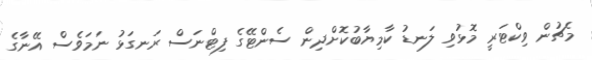
މެޗުން ވިކްޓަރީ މޮޅުވި ލަނޑު ކާމިޔާބުކޮށްދިން ސެންޓޭގެ ފިޓްނަސް ރަނގަޅު ނަމަވެސް އޭނާގެ